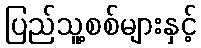
ပြည်သူ့စစ်များနှင့်